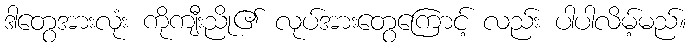
ဒါတွေအားလုံး ကိုကျီးညို၏ လုပ်အားတွေကြောင့် လည်း ပါပါလိမ့်မည်။